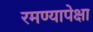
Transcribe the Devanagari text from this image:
रमण्यापेक्षा